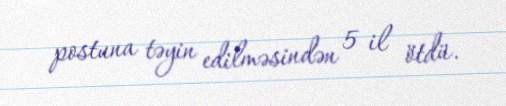
postuna təyin edilməsindən 5 il ötdü.